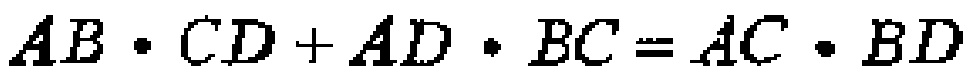
\(AB\cdot CD + AD\cdot BC = AC\cdot BD\)